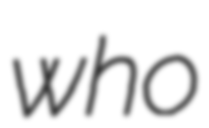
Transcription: who